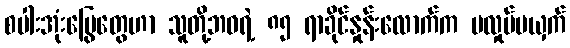
စပါးအုံးမြွေတွေဟာ သူတို့ဘဝရဲ့ ၈၅ ရာခိုင်နှုန်းလောက်က မလှုပ်မယှက်